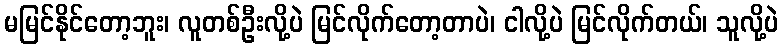
မမြင်နိုင်တော့ဘူး၊ လူတစ်ဦးလို့ပဲ မြင်လိုက်တော့တာပဲ၊ ငါလို့ပဲ မြင်လိုက်တယ်၊ သူလို့ပဲ